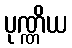
ပုဏ္ဏိယ